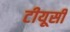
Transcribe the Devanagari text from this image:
टीयूसी